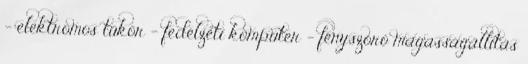
– elektromos tükör – fedélzeti komputer – fényszóró magasságállítás